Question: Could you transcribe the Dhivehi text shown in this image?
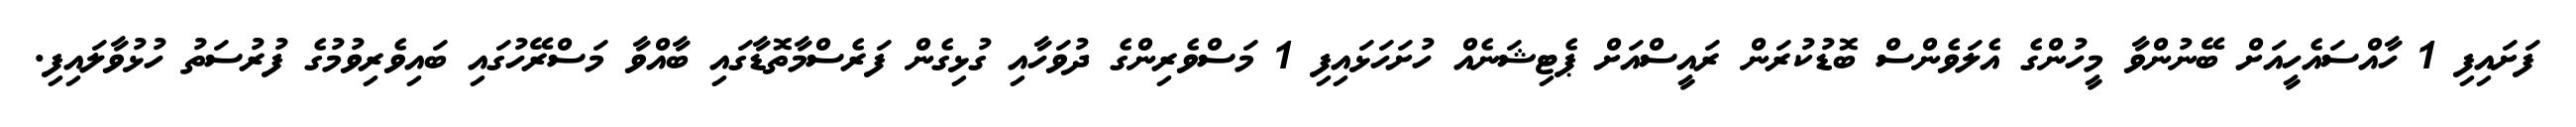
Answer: ފަށައިފި 1 ހާއްސައެހީއަށް ބޭނުންވާ މީހުންގެ އެލަވެންސް ބޮޑުކުރަން ރައީސްއަށް ޕެޓިޝަނެއް ހުށަހަޅައިފި 1 މަސްވެރިންގެ ދުވަހާއި ގުޅިގެން ފަރެސްމާތޮޑާގައި ބާއްވާ މަސްރޭހުގައި ބައިވެރިވުމުގެ ފުރުސަތު ހުޅުވާލައިފި.